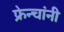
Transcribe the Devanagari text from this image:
फ्रेन्चांनी